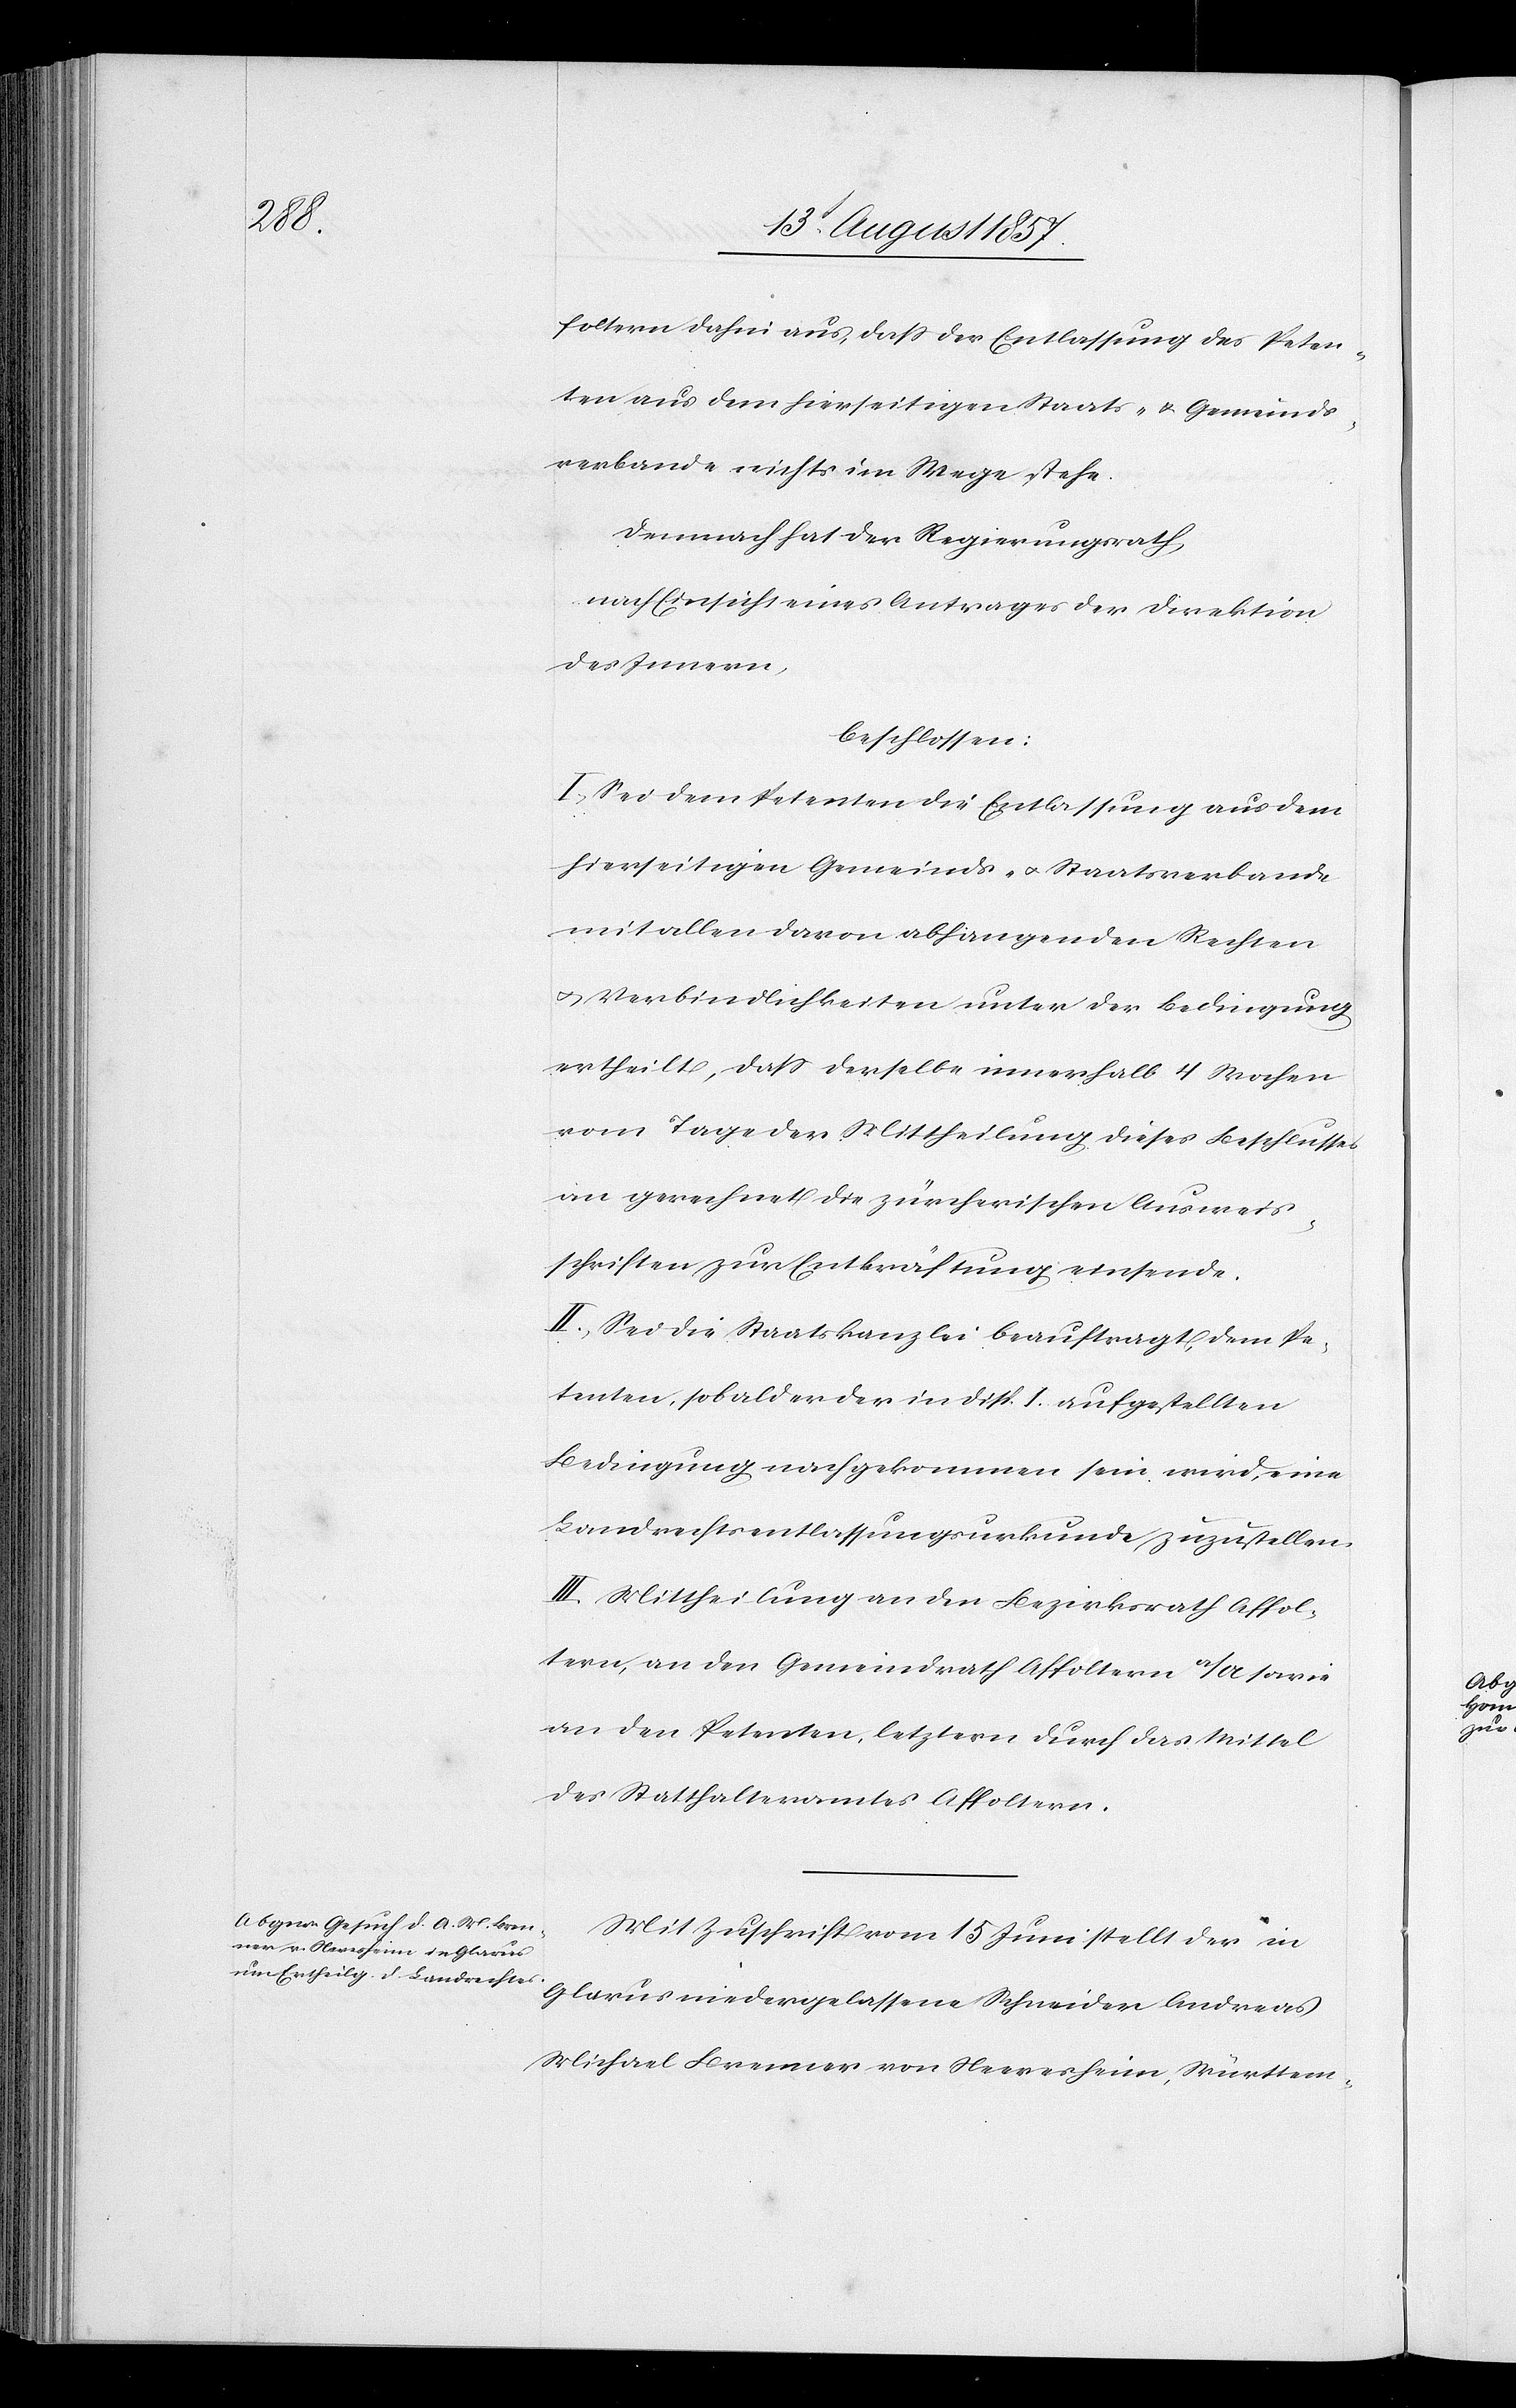
foltern dahin aus, daß der Entlassung des Peten¬
ten aus dem hierseitigen Staats- & Gemeinds¬
verbande nichts im Wege stehe
Demnach hat der Regierungsrath,
nach Einsicht eines Antrages der Direktion
des Innern,
beschlossen:
I. Sei dem Petenten die Entlassung aus dem
hierseitigen Gemeinds- & Staatsverbande
mit allen daran abhangenden Rechten
& Verbindlichkeiten unter der Bedingung
ertheilt, daß derselbe innerhalb 4 Wochen
vom Tage der Mittheilung dieses Beschlusses
an gerechnet die zürcherischen Ausweis¬
schriften zur Entkräftung einsende.
II. Sei die Staatskanzlei beauftragt, dem Pe¬
tenten, sobald er der in Disp. I aufgestellten
Bedingung nachgekommen sein wird, eine
Landrechtsentlassungsurkunde zuzustellen.
III. Mittheilung an den Bezirksrath Affol¬
tern, an den Gemeindrath Affoltern a/A. sowie
an den Petenten, [an] letztern durch das Mittel
des Statthalteramtes Affoltern.
Mit Zuschrift vom 15 Juni stellt der in
Glarus niedergelassene Schneider Andreas
Michael Brenner von Neeresheim, Württem-